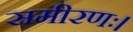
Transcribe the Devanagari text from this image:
समीरणः।